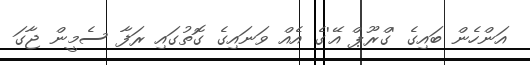
އަންހެން ބައިގެ 'ގްރޫޕް އޭ'ގެ އެއް ވަނައިގެ ގޮތުގައި ރަފާ ސެމީން ޖާގަ